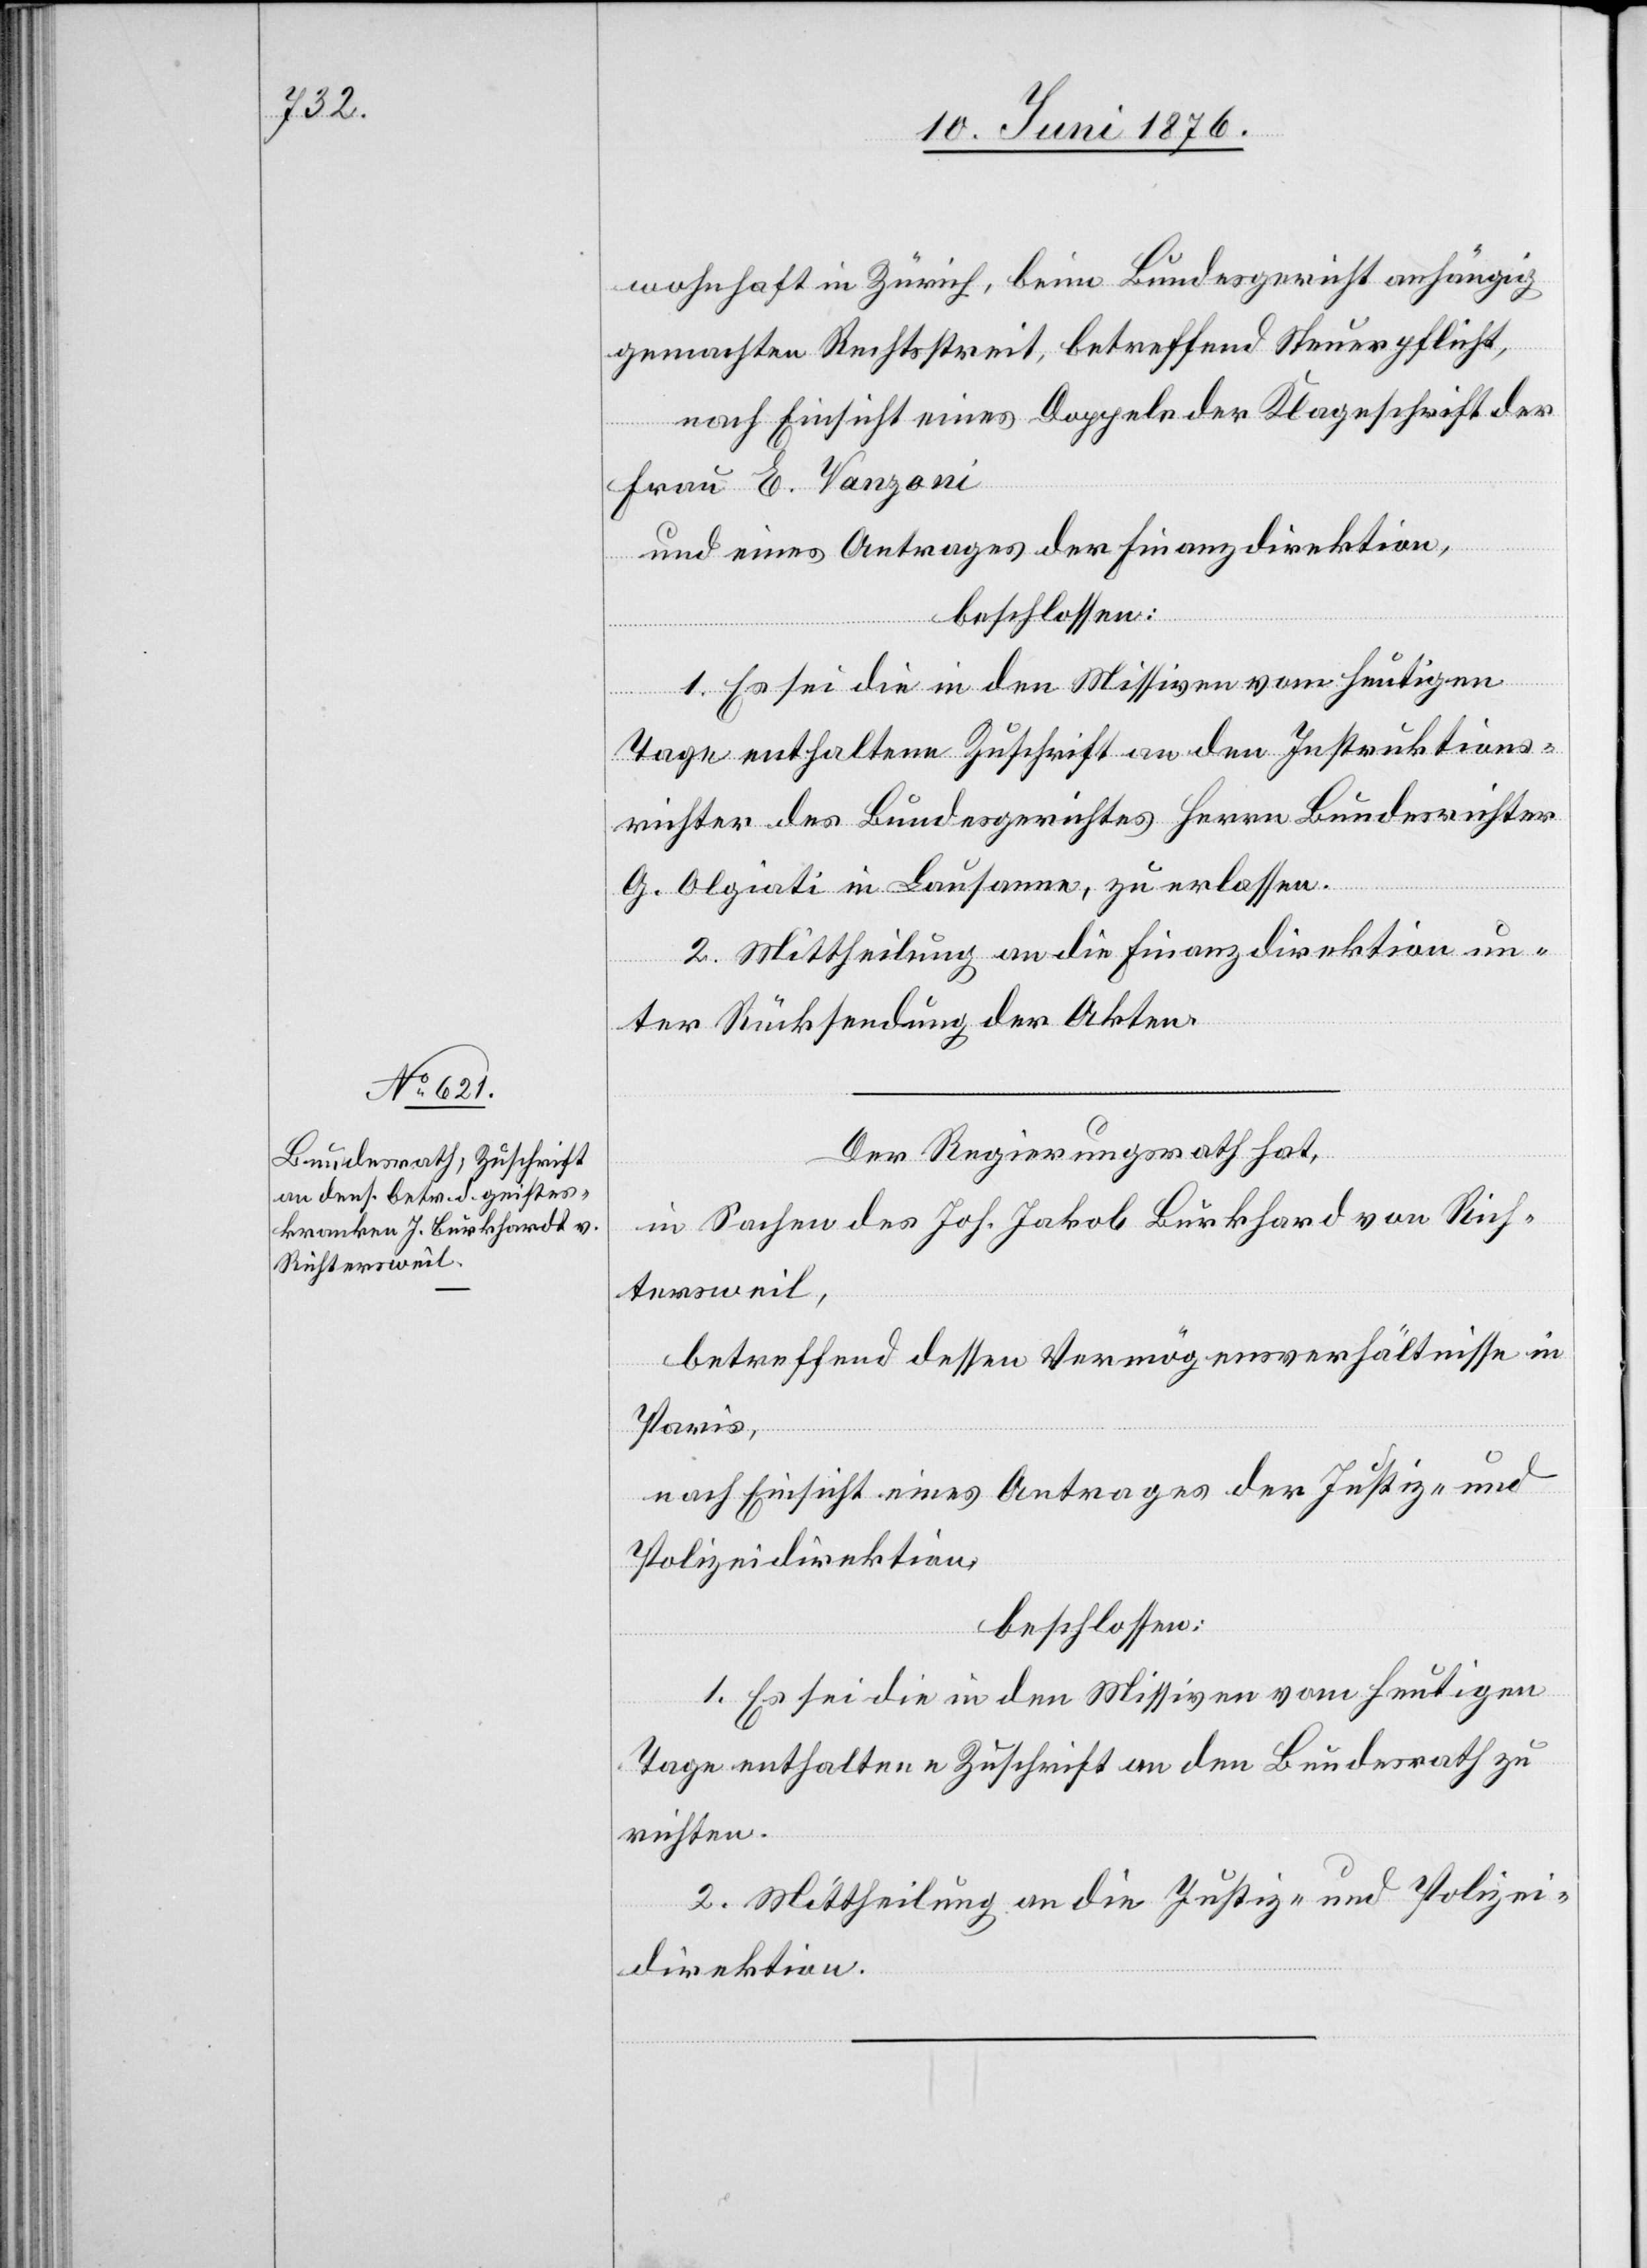
wohnhaft in Zürich, beim Bundesgericht anhörig
gemachten Rechtsstreit, betreffend Steuerpflicht,
nach Einsicht eines Doppels der Klageschrift der
Frau E. Vanzoni
und eines Antrages der Finanzdirektion,
beschlossen:
1. Es sei die in den Missiven vom heutigen
Tage enthaltene Zuschrift an den Instruktions¬
richter des Bundesgerichtes Herrn Bundesrichter
G. Olgiati in Lausanne, zu erlassen.
2. Mittheilung an die Finanzdirektion un¬
ter Rückstellung der Akten.
Der Regierungsrath hat,
in Sachen des Joh. Jakob Burkhard von Rich¬
tersweil,
betreffend dessen Vermögensverhältnisse in
Paris,
nach Einsicht eines Antrages der Justiz- und
Polizeidirektion,
beschlossen:
1. Es sei die in den Missiven vom heutigen
Tage enthaltene Zuschrift an den Bundesrath zu
richten.
2. Mittheilung an die Justiz- und Polizei¬
direktion.